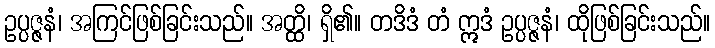
ဥပ္ပဇ္ဇနံ၊ အကြင်ဖြစ်ခြင်းသည်။ အတ္ထိ၊ ရှိ၏။ တဒိဒံ တံ ဣဒံ ဥပ္ပဇ္ဇနံ၊ ထိုဖြစ်ခြင်းသည်။